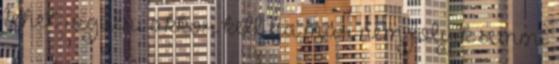
lehet. izgulni akkor kell ha már nem folyik semmi